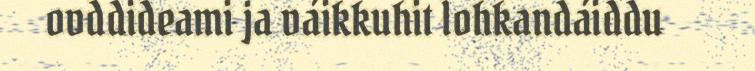
ovddideami ja váikkuhit lohkandáiddu